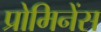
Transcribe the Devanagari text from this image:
प्रोमिनेंस